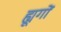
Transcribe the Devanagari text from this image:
ह्यूगों